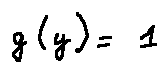
g ( y ) = 1